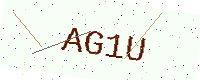
Text: AG1U